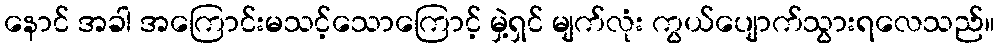
နောင် အခါ အကြောင်းမသင့်သောကြောင့် မှဲ့ရှင် မျက်လုံး ကွယ်ပျောက်သွားရလေသည်။